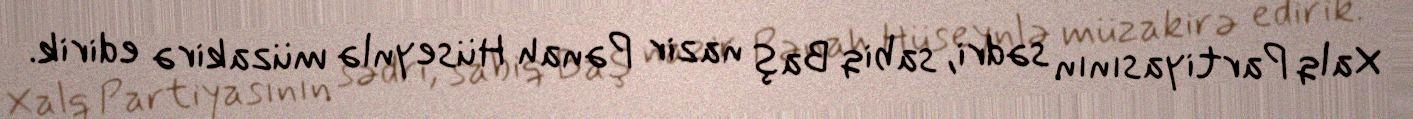
Xalq Partiyasının sədri, sabiq Baş nazir Pənah Hüseynlə müzakirə edirik.